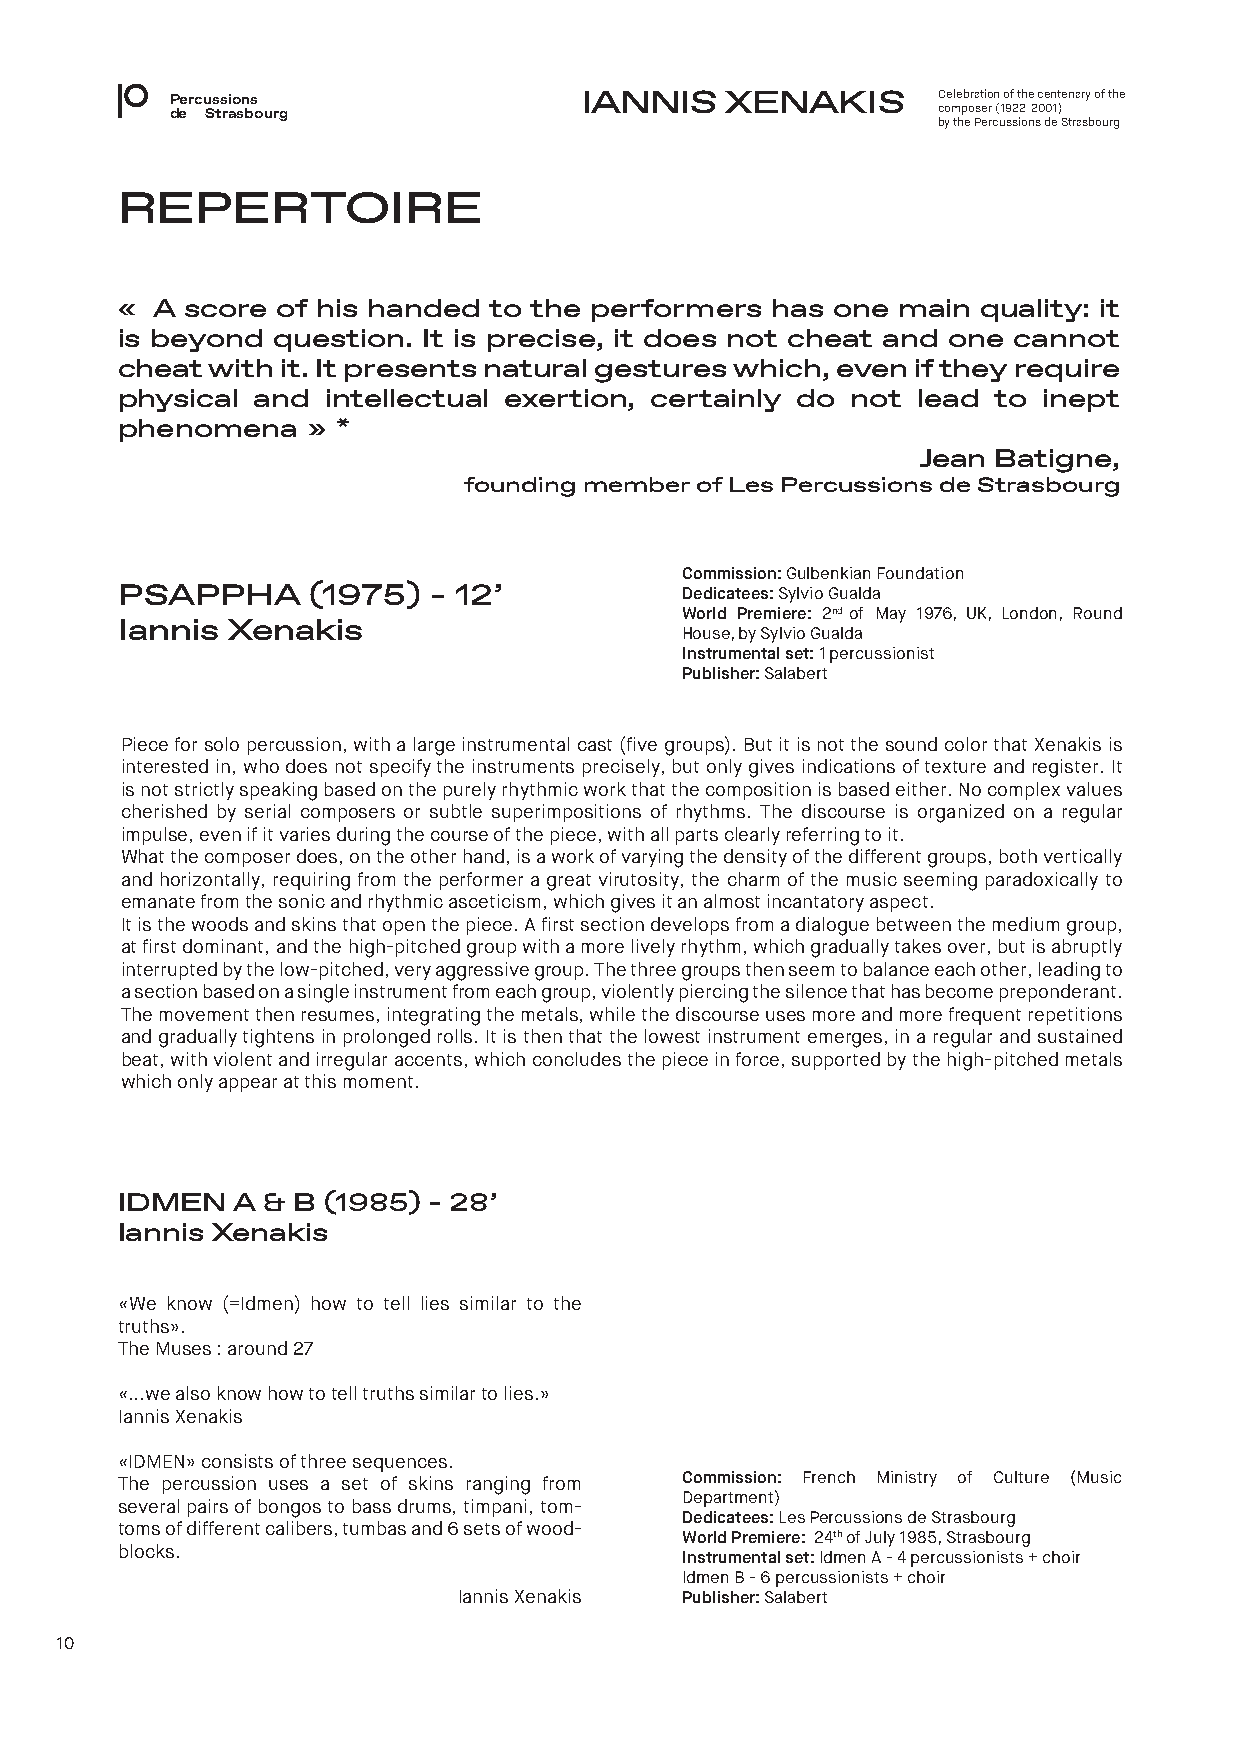
Percussions                 IANNIS   XENAKIS       Celebration of the centenary of the
 de Strasbourg                                      composer (1922-2001)
 by the Percussions de Strasbourg
 REPERTOIRE
 « A score of his handed to the performers  has one main  quality: it
 is beyond question. It is precise, it does not cheat and one cannot
 cheat with it. It presents natural gestures which, even if they require
 physical and  intellectual exertion, certainly do not lead to inept
 phenomena   » *
 Jean Batigne,
 founding member of Les Percussions de Strasbourg
 Commission: Gulbenkian Foundation
 PSAPPHA     (1975)  - 12’            Dedicatees: Sylvio Gualda
 World Premiere: 2nd of May 1976, UK, London, Round
 Iannis Xenakis
 House, by Sylvio Gualda
 Instrumental set: 1 percussionist
 Publisher: Salabert
 Piece for solo percussion, with a large instrumental cast (five groups). But it is not the sound color that Xenakis is
 interested in, who does not specify the instruments precisely, but only gives indications of texture and register. It
 is not strictly speaking based on the purely rhythmic work that the composition is based either. No complex values
 cherished by serial composers or subtle superimpositions of rhythms. The discourse is organized on a regular
 impulse, even if it varies during the course of the piece, with all parts clearly referring to it.
 What the composer does, on the other hand, is a work of varying the density of the different groups, both vertically
 and horizontally, requiring from the performer a great virutosity, the charm of the music seeming paradoxically to
 emanate from the sonic and rhythmic asceticism, which gives it an almost incantatory aspect.
 It is the woods and skins that open the piece. A first section develops from a dialogue between the medium group,
 at first dominant, and the high-pitched group with a more lively rhythm, which gradually takes over, but is abruptly
 interrupted by the low-pitched, very aggressive group. The three groups then seem to balance each other, leading to
 a section based on a single instrument from each group, violently piercing the silence that has become preponderant.
 The movement then resumes, integrating the metals, while the discourse uses more and more frequent repetitions
 and gradually tightens in prolonged rolls. It is then that the lowest instrument emerges, in a regular and sustained
 beat, with violent and irregular accents, which concludes the piece in force, supported by the high-pitched metals
 which only appear at this moment.
 IDMEN  A & B (1985) - 28’
 Iannis Xenakis
 «We know (=Idmen) how to tell lies similar to the
 truths».
 The Muses : around 27
 «...we also know how to tell truths similar to lies.»
 Iannis Xenakis
 «IDMEN» consists of three sequences.
 The percussion uses a set of skins ranging from Commission: French Ministry of Culture (Music
 Department)
 several pairs of bongos to bass drums, timpani, tom-
 Dedicatees: Les Percussions de Strasbourg
 toms of different calibers, tumbas and 6 sets of wood-
 World Premiere: 24th of July 1985, Strasbourg
 blocks.
 Instrumental set: Idmen A - 4 percussionists + choir
 Idmen B - 6 percussionists + choir
 Iannis Xenakis Publisher: Salabert
 10